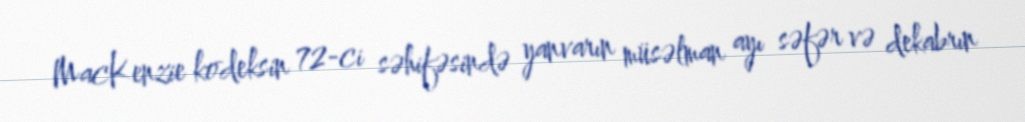
MacKenzie kodeksin 72-ci səhifəsində yanvarın müsəlman ayı səfər və dekabrın